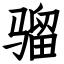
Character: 骝